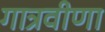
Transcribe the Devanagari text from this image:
गात्रवीणा